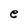
Character: e